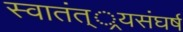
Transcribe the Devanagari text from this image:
स्वातंत््रयसंघर्ष